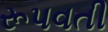
રૂપવતી